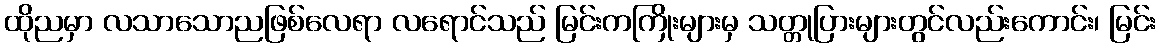
ထိုညမှာ လသာသောညဖြစ်လေရာ လရောင်သည် မြင်းကကြိုးများမှ သတ္တုပြားများတွင်လည်းကောင်း၊ မြင်း